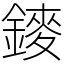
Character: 䥑